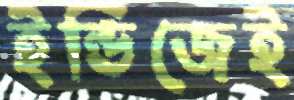
ইন্ডিজেই